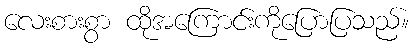
လေးစားစွာ ထိုအကြောင်းကိုပြောပြသည်။